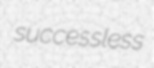
successless